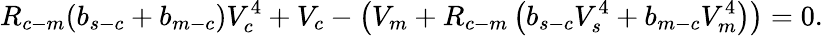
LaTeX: R_{c-m}(b_{s-c}+b_{m-c})V_{c}^{4}+V_{c}-\left(V_{m}+R_{c-m}\left(b_{s-c}V_{s}^{4}+b_{m-c}V_{m}^{4}\right)\right)=0.